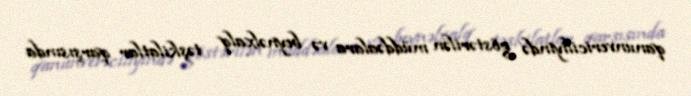
qanunvericiliyində göstərilən müddəalara və beynəlxalq təşkilatlar qarşısında